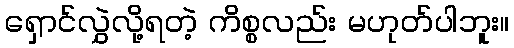
ရှောင်လွှဲလို့ရတဲ့ ကိစ္စလည်း မဟုတ်ပါဘူး။